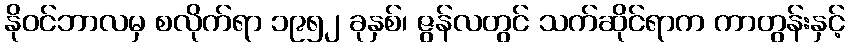
နိုဝင်ဘာလမှ စလိုက်ရာ ၁၉၅၂ ခုနှစ်၊ ဇွန်လတွင် သက်ဆိုင်ရာက ကာတွန်းနှင့်